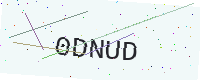
Text: 0DNUD